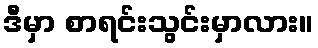
ဒီမှာ စာရင်းသွင်းမှာလား။